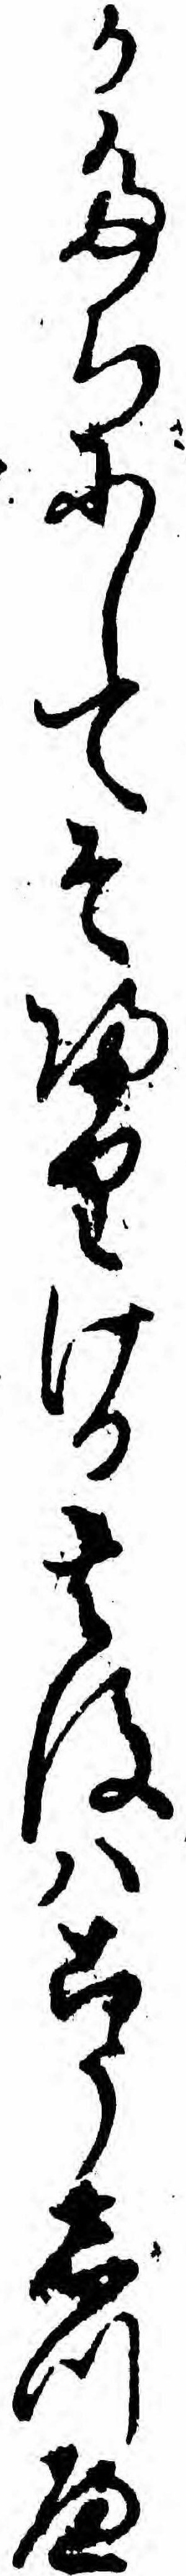
かたちにしてそ帰りける其後ハこうしつへ